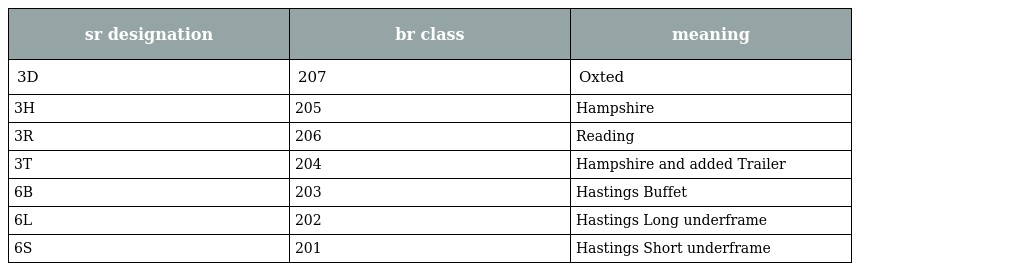
| sr designation | br class | meaning |
 | --- | --- | --- |
 | 3D | 207 | Oxted |
 | 3H | 205 | Hampshire |
 | 3R | 206 | Reading |
 | 3T | 204 | Hampshire and added Trailer |
 | 6B | 203 | Hastings Buffet |
 | 6L | 202 | Hastings Long underframe |
 | 6S | 201 | Hastings Short underframe |